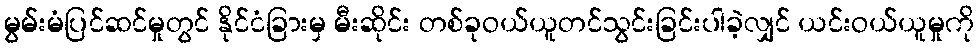
မွမ်းမံပြင်ဆင်မှုတွင် နိုင်ငံခြားမှ မီးဆိုင်း တစ်ခုဝယ်ယူတင်သွင်းခြင်းပါခဲ့လျှင် ယင်းဝယ်ယူမှုကို